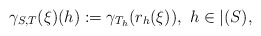
\begin{align*}\gamma_{S,T}(\xi)(h) := \gamma_{T_h}(r_h(\xi)),\ h \in \vert(S),\end{align*}